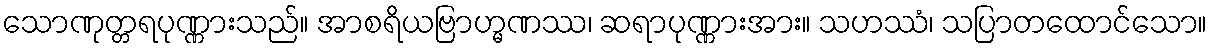
သောဏုတ္တရပုဏ္ဏားသည်။ အာစရိယဗြာဟ္မဏဿ၊ ဆရာပုဏ္ဏားအား။ သဟဿံ၊ သပြာတထောင်သော။